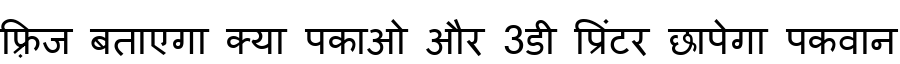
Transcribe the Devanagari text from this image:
फ़्रिज बताएगा क्या पकाओ और 3डी प्रिंटर छापेगा पकवान